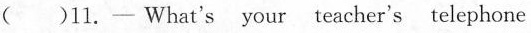
( )11.— What's your teacher's telephone